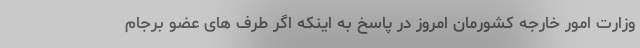
وزارت امور خارجه کشورمان امروز در پاسخ به اینکه اگر طرف های عضو برجام